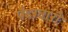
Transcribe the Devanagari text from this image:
पैदावारी